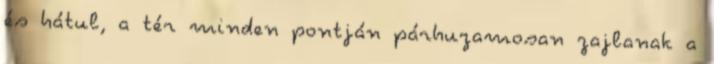
és hátul, a tér minden pontján párhuzamosan zajlanak a